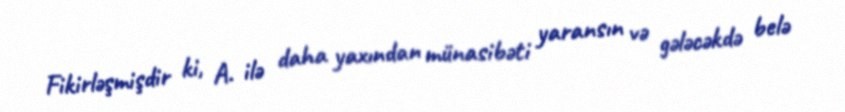
Fikirləşmişdir ki, A. ilə daha yaxından münasibəti yaransın və gələcəkdə belə